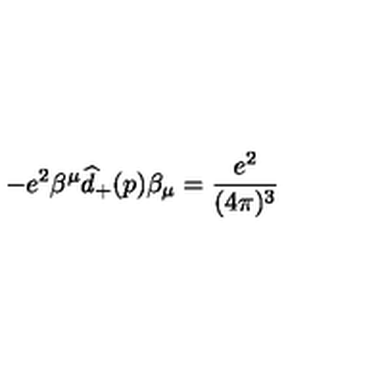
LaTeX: - e ^ { 2 } \beta ^ { \mu } \widehat { d } _ { + } ( p ) \beta _ { \mu } = \frac { e ^ { 2 } } { ( 4 \pi ) ^ { 3 } }